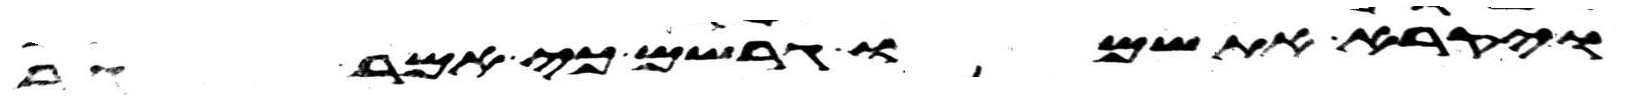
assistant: ויקרא את שמו גרשם כי אמר גר